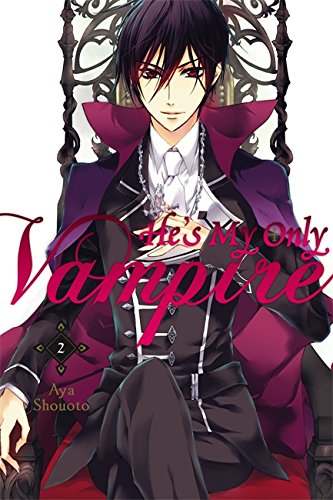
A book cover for He's My Only Vampire, Vol. 2; Aya Shouoto; Comics & Graphic Novels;